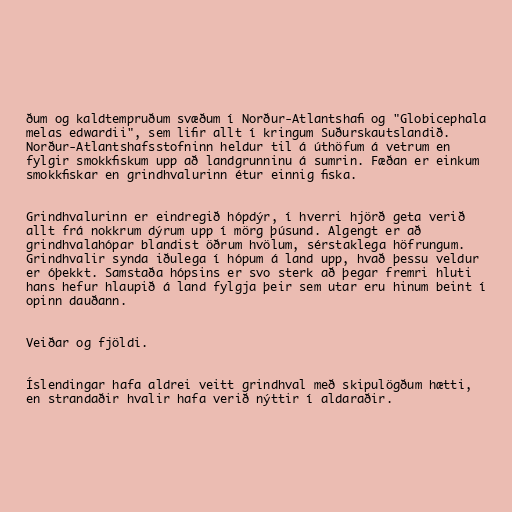
ðum og kaldtempruðum svæðum í Norður-Atlantshafi og "Globicephala
melas edwardii", sem lifir allt í kringum Suðurskautslandið.
Norður-Atlantshafsstofninn heldur til á úthöfum á vetrum en
fylgir smokkfiskum upp að landgrunninu á sumrin. Fæðan er einkum
smokkfiskar en grindhvalurinn étur einnig fiska.

Grindhvalurinn er eindregið hópdýr, í hverri hjörð geta verið
allt frá nokkrum dýrum upp í mörg þúsund. Algengt er að
grindhvalahópar blandist öðrum hvölum, sérstaklega höfrungum.
Grindhvalir synda iðulega í hópum á land upp, hvað þessu veldur
er óþekkt. Samstaða hópsins er svo sterk að þegar fremri hluti
hans hefur hlaupið á land fylgja þeir sem utar eru hinum beint í
opinn dauðann.

Veiðar og fjöldi.

Íslendingar hafa aldrei veitt grindhval með skipulögðum hætti,
en strandaðir hvalir hafa verið nýttir í aldaraðir.